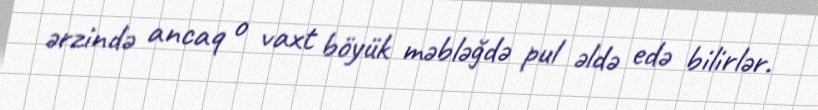
ərzində ancaq o vaxt böyük məbləğdə pul əldə edə bilirlər.